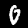
Digit: 0